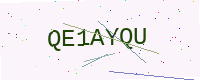
Text: QE1AYQU